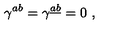
\gamma ^ { a b } = \gamma ^ { \underline { a } \underline { b } } = 0 \ ,